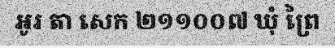
អូរ តា សេក ២១១០០៧ ឃុំ ព្រៃ